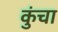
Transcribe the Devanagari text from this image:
कुंचा